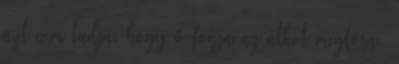
azt nem tudja, hogy ő fogja az átkot megtörni.